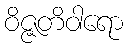
ဝိဇ္ဇတိဝါရော